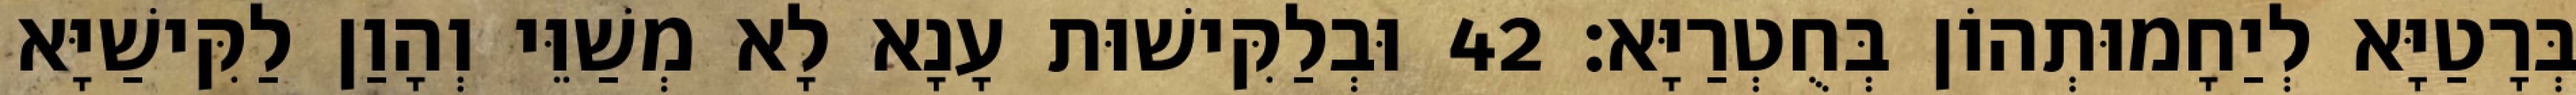
בְּרָטַיָּא לְיַחָמוּתְהוֹן בְּחֻטְרַיָּא׃ 42 וּבְלַקִּישׁוּת עָנָא לָא מְשַׁוֵּי וְהָוַן לַקִּישַׁיָּא